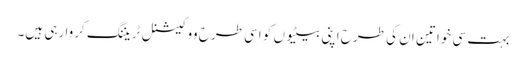
بہت سی خواتین ان کی طرح اپنی بیٹیوں کو اسی طرح ووکیشنل ٹریننگ کروا رہی ہیں۔